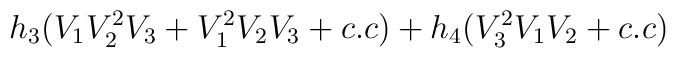
h_3(V_1V^2 _2V_3+V^2 _1V_2V_3 +c.c)+h_4(V_3^2V_1V_2+c.c)